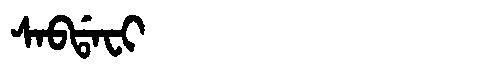
Manchu: ᠰᠠᠪᡩᠠᠸᡳ
Romanization: SABDAFI